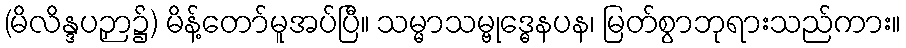
(မိလိန္ဒပဉှာ၌) မိန့်တော်မူအပ်ပြီ။ သမ္မာသမ္ဗုဒ္ဓေနပန၊ မြတ်စွာဘုရားသည်ကား။